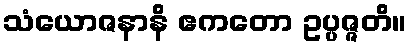
သံယောဇနာနိ ဧကတော ဥပ္ပဇ္ဇတိ။